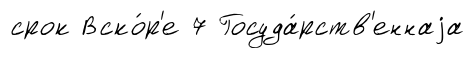
срок Вско́р'е 7 Госуда́рств'еннаjа